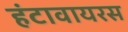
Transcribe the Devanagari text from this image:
हंटावायरस